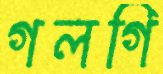
গলগি